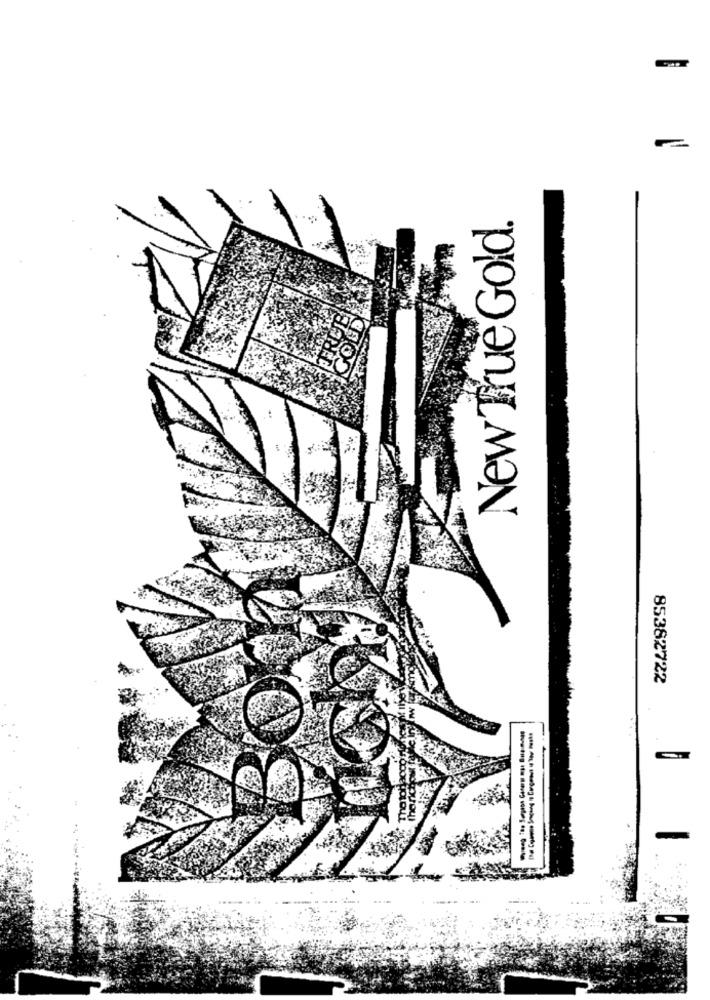
New True Gold.
85382722